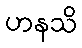
ဟနသိ